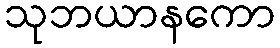
သုဘယာနကော